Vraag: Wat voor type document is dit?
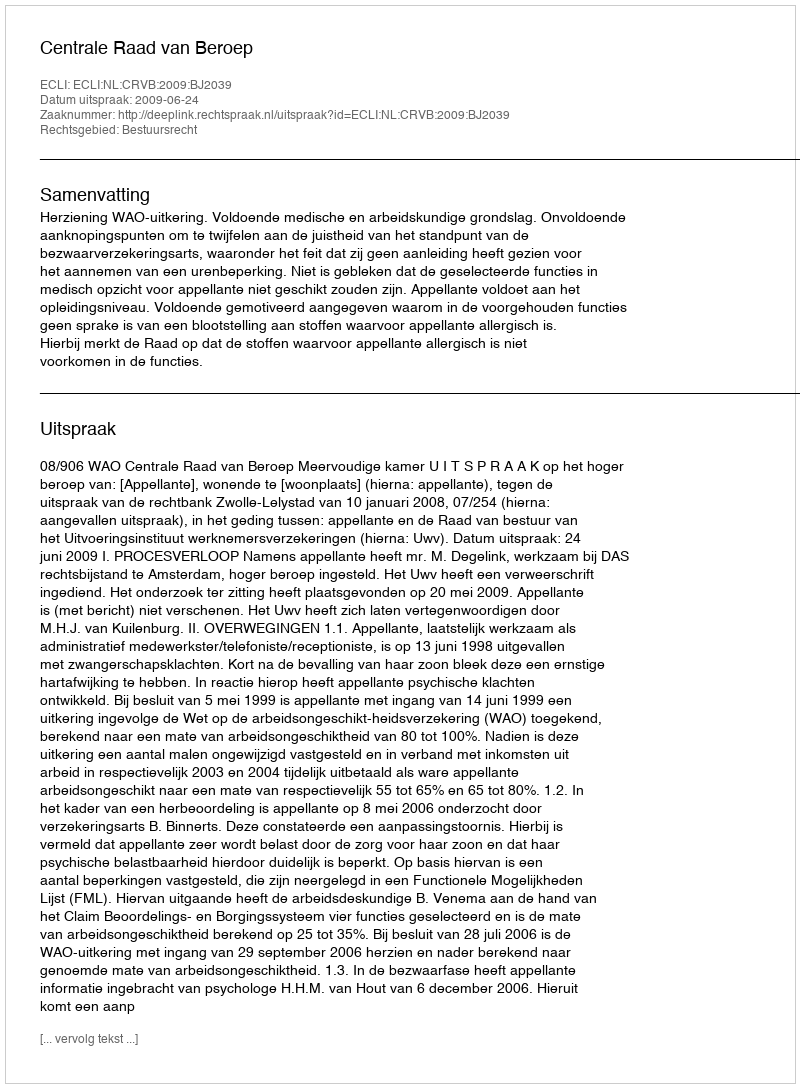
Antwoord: Uitspraak